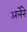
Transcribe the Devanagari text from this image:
अर्लेने